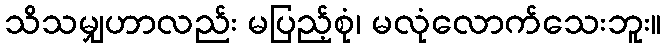
သိသမျှဟာလည်း မပြည့်စုံ၊ မလုံလောက်သေးဘူး။